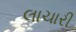
લાચારી